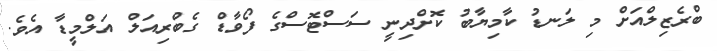
ބްރެޒިލްއަށް މި ލަނޑު ކާމިޔާބު ކޮށްދިނީ ސަސްޓޮސްގެ ފޯވާޑް ގެބްރިއަލް އަލްމީޑާ އެވެ.